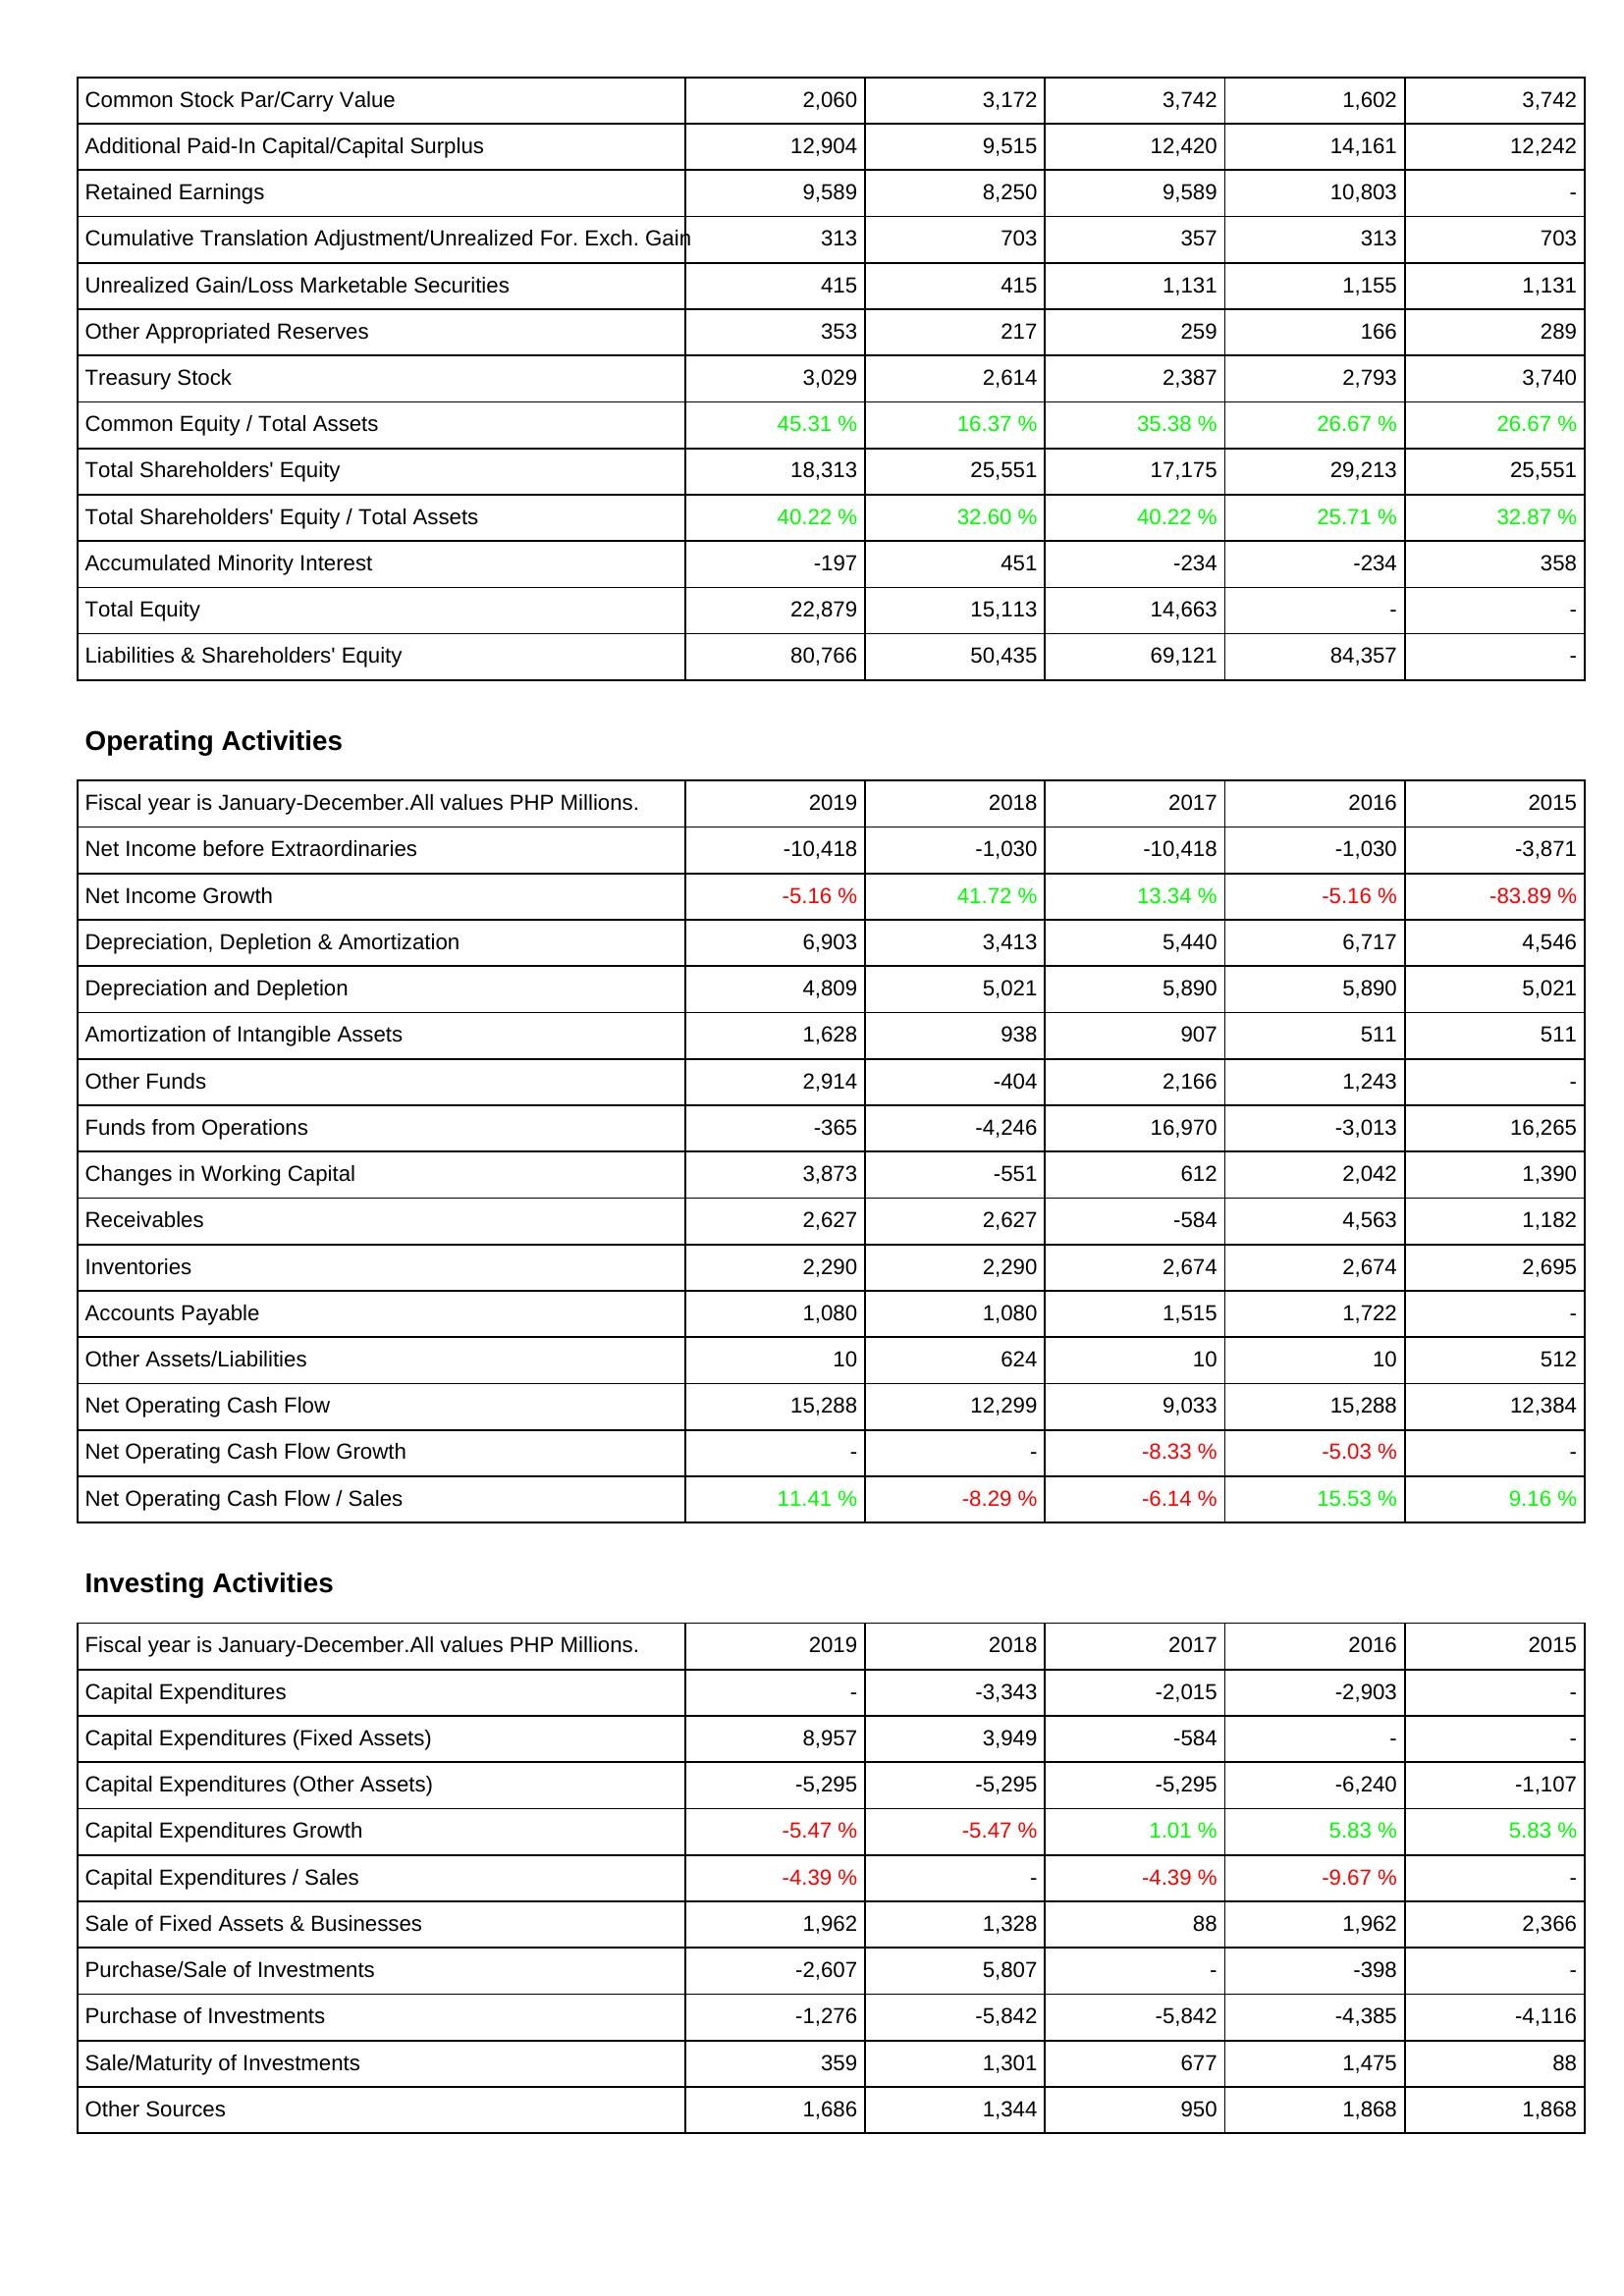
2019: Liabilities & Shareholders' Equity: Common Stock Par/Carry Value: 2,060
Additional Paid-In Capital/Capital Surplus: 12,904
Retained Earnings: 9,589
Cumulative Translation Adjustment/Unrealized For. Exch. Gain: 313
Unrealized Gain/Loss Marketable Securities: 415
Other Appropriated Reserves: 353
Treasury Stock: 3,029
Common Equity / Total Assets: 45.31 %
Total Shareholders' Equity: 18,313
Total Shareholders' Equity / Total Assets: 40.22 %
Accumulated Minority Interest: -197
Total Equity: 22,879
Liabilities & Shareholders' Equity: 80,766
Operating Activities: Net Income before Extraordinaries: -10,418
Net Income Growth: -5.16 %
Depreciation, Depletion & Amortization: 6,903
Depreciation and Depletion: 4,809
Amortization of Intangible Assets: 1,628
Other Funds: 2,914
Funds from Operations: -365
Changes in Working Capital: 3,873
Receivables: 2,627
Inventories: 2,290
Accounts Payable: 1,080
Other Assets/Liabilities: 10
Net Operating Cash Flow: 15,288
Net Operating Cash Flow Growth: -
Net Operating Cash Flow / Sales: 11.41 %
Investing Activities: Capital Expenditures: -
Capital Expenditures (Fixed Assets): 8,957
Capital Expenditures (Other Assets): -5,295
Capital Expenditures Growth: -5.47 %
Capital Expenditures / Sales: -4.39 %
Sale of Fixed Assets & Businesses: 1,962
Purchase/Sale of Investments: -2,607
Purchase of Investments: -1,276
Sale/Maturity of Investments: 359
Other Sources: 1,686
2018: Liabilities & Shareholders' Equity: Common Stock Par/Carry Value: 3,172
Additional Paid-In Capital/Capital Surplus: 9,515
Retained Earnings: 8,250
Cumulative Translation Adjustment/Unrealized For. Exch. Gain: 703
Unrealized Gain/Loss Marketable Securities: 415
Other Appropriated Reserves: 217
Treasury Stock: 2,614
Common Equity / Total Assets: 16.37 %
Total Shareholders' Equity: 25,551
Total Shareholders' Equity / Total Assets: 32.60 %
Accumulated Minority Interest: 451
Total Equity: 15,113
Liabilities & Shareholders' Equity: 50,435
Operating Activities: Net Income before Extraordinaries: -1,030
Net Income Growth: 41.72 %
Depreciation, Depletion & Amortization: 3,413
Depreciation and Depletion: 5,021
Amortization of Intangible Assets: 938
Other Funds: -404
Funds from Operations: -4,246
Changes in Working Capital: -551
Receivables: 2,627
Inventories: 2,290
Accounts Payable: 1,080
Other Assets/Liabilities: 624
Net Operating Cash Flow: 12,299
Net Operating Cash Flow Growth: -
Net Operating Cash Flow / Sales: -8.29 %
Investing Activities: Capital Expenditures: -3,343
Capital Expenditures (Fixed Assets): 3,949
Capital Expenditures (Other Assets): -5,295
Capital Expenditures Growth: -5.47 %
Capital Expenditures / Sales: -
Sale of Fixed Assets & Businesses: 1,328
Purchase/Sale of Investments: 5,807
Purchase of Investments: -5,842
Sale/Maturity of Investments: 1,301
Other Sources: 1,344
2017: Liabilities & Shareholders' Equity: Common Stock Par/Carry Value: 3,742
Additional Paid-In Capital/Capital Surplus: 12,420
Retained Earnings: 9,589
Cumulative Translation Adjustment/Unrealized For. Exch. Gain: 357
Unrealized Gain/Loss Marketable Securities: 1,131
Other Appropriated Reserves: 259
Treasury Stock: 2,387
Common Equity / Total Assets: 35.38 %
Total Shareholders' Equity: 17,175
Total Shareholders' Equity / Total Assets: 40.22 %
Accumulated Minority Interest: -234
Total Equity: 14,663
Liabilities & Shareholders' Equity: 69,121
Operating Activities: Net Income before Extraordinaries: -10,418
Net Income Growth: 13.34 %
Depreciation, Depletion & Amortization: 5,440
Depreciation and Depletion: 5,890
Amortization of Intangible Assets: 907
Other Funds: 2,166
Funds from Operations: 16,970
Changes in Working Capital: 612
Receivables: -584
Inventories: 2,674
Accounts Payable: 1,515
Other Assets/Liabilities: 10
Net Operating Cash Flow: 9,033
Net Operating Cash Flow Growth: -8.33 %
Net Operating Cash Flow / Sales: -6.14 %
Investing Activities: Capital Expenditures: -2,015
Capital Expenditures (Fixed Assets): -584
Capital Expenditures (Other Assets): -5,295
Capital Expenditures Growth: 1.01 %
Capital Expenditures / Sales: -4.39 %
Sale of Fixed Assets & Businesses: 88
Purchase/Sale of Investments: -
Purchase of Investments: -5,842
Sale/Maturity of Investments: 677
Other Sources: 950
2016: Liabilities & Shareholders' Equity: Common Stock Par/Carry Value: 1,602
Additional Paid-In Capital/Capital Surplus: 14,161
Retained Earnings: 10,803
Cumulative Translation Adjustment/Unrealized For. Exch. Gain: 313
Unrealized Gain/Loss Marketable Securities: 1,155
Other Appropriated Reserves: 166
Treasury Stock: 2,793
Common Equity / Total Assets: 26.67 %
Total Shareholders' Equity: 29,213
Total Shareholders' Equity / Total Assets: 25.71 %
Accumulated Minority Interest: -234
Total Equity: -
Liabilities & Shareholders' Equity: 84,357
Operating Activities: Net Income before Extraordinaries: -1,030
Net Income Growth: -5.16 %
Depreciation, Depletion & Amortization: 6,717
Depreciation and Depletion: 5,890
Amortization of Intangible Assets: 511
Other Funds: 1,243
Funds from Operations: -3,013
Changes in Working Capital: 2,042
Receivables: 4,563
Inventories: 2,674
Accounts Payable: 1,722
Other Assets/Liabilities: 10
Net Operating Cash Flow: 15,288
Net Operating Cash Flow Growth: -5.03 %
Net Operating Cash Flow / Sales: 15.53 %
Investing Activities: Capital Expenditures: -2,903
Capital Expenditures (Fixed Assets): -
Capital Expenditures (Other Assets): -6,240
Capital Expenditures Growth: 5.83 %
Capital Expenditures / Sales: -9.67 %
Sale of Fixed Assets & Businesses: 1,962
Purchase/Sale of Investments: -398
Purchase of Investments: -4,385
Sale/Maturity of Investments: 1,475
Other Sources: 1,868
2015: Liabilities & Shareholders' Equity: Common Stock Par/Carry Value: 3,742
Additional Paid-In Capital/Capital Surplus: 12,242
Retained Earnings: -
Cumulative Translation Adjustment/Unrealized For. Exch. Gain: 703
Unrealized Gain/Loss Marketable Securities: 1,131
Other Appropriated Reserves: 289
Treasury Stock: 3,740
Common Equity / Total Assets: 26.67 %
Total Shareholders' Equity: 25,551
Total Shareholders' Equity / Total Assets: 32.87 %
Accumulated Minority Interest: 358
Total Equity: -
Liabilities & Shareholders' Equity: -
Operating Activities: Net Income before Extraordinaries: -3,871
Net Income Growth: -83.89 %
Depreciation, Depletion & Amortization: 4,546
Depreciation and Depletion: 5,021
Amortization of Intangible Assets: 511
Other Funds: -
Funds from Operations: 16,265
Changes in Working Capital: 1,390
Receivables: 1,182
Inventories: 2,695
Accounts Payable: -
Other Assets/Liabilities: 512
Net Operating Cash Flow: 12,384
Net Operating Cash Flow Growth: -
Net Operating Cash Flow / Sales: 9.16 %
Investing Activities: Capital Expenditures: -
Capital Expenditures (Fixed Assets): -
Capital Expenditures (Other Assets): -1,107
Capital Expenditures Growth: 5.83 %
Capital Expenditures / Sales: -
Sale of Fixed Assets & Businesses: 2,366
Purchase/Sale of Investments: -
Purchase of Investments: -4,116
Sale/Maturity of Investments: 88
Other Sources: 1,868